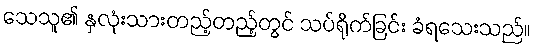
သေသူ၏ နှလုံးသားတည့်တည့်တွင် သပ်ရိုက်ခြင်း ခံရသေးသည်။